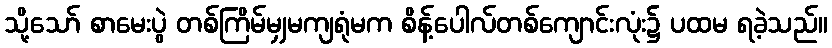
သို့သော် စာမေးပွဲ တစ်ကြိမ်မျှမကျရုံမက စိန့်ပေါလ်တစ်ကျောင်းလုံး၌ ပထမ ရခဲ့သည်။